Civil Veterinary Department Bihar reports 1936-40 - 1936-1940
Year: 1936
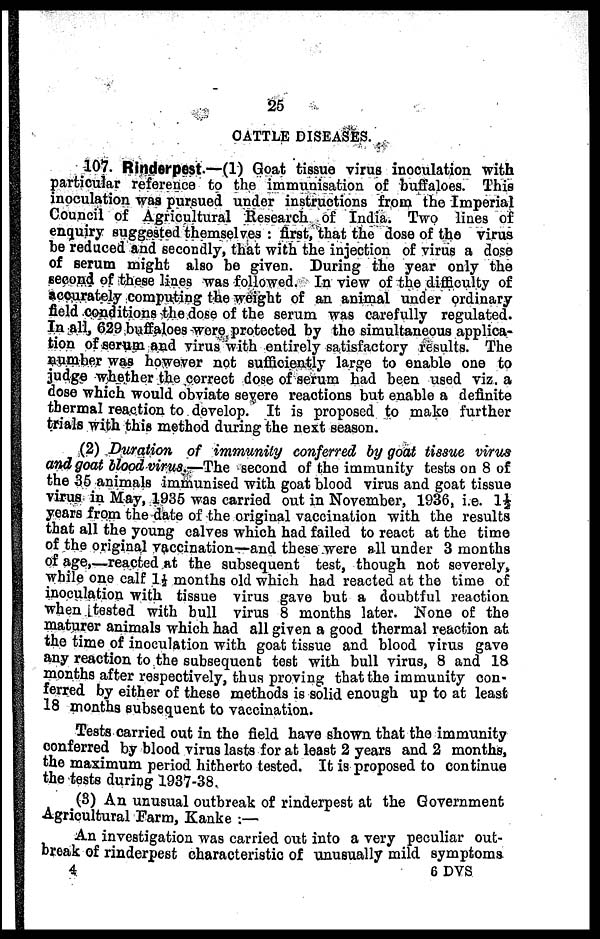
25
CATTLE DISEASES.
107. Rinderpest.—(1) Goat tissue virus inoculation with
particular reference to the immunisation of buffaloes. This
inoculation was pursued under instructions from the Imperial
Council of Agricultural Research of India. Two lines of
enquiry suggested themselves: first, that the dose of the virus
be reduced and secondly, that with the injection of virus a dose
of serum might also bo given. During the year only the
second of these lines was followed. In view of the difficulty of
accurately computing the weight of an animal under ordinary
field conditions the dose of the serum was carefully regulated.
In all, 629 buffaloes were protected by the simultaneous applica-
tion of serum and virus with entirely satisfactory results. The
number was however not sufficiently large to enable one to
judge whether the correct dose of serum bad been used viz. a
dose which would obviate severe reactions but enable a definite
thermal reaction to develop. It is proposed to make further
trials with this method during the next season.
(2) Duration of immunity conferred by goat tissue virus
and goat blood virus.—The second of the immunity tests on 8 of
the 35 animals immunised with goat blood virus and goat tissue
virus in May, 1935 was carried out in November, 1936, i.e. 14
years from the date of the original vaccination with the results
that all the young calves which had failed to react at the time
of the original vaccination—and these were all under 3 months
of age,—reacted at the subsequent test, though not severely,
while one calf 1½ months old which had reacted at thy time of
inoculation with tissue virus gave but a doubtful reaction
when tested with bull virus 8 months later. none of the
maturer animals which had all given a good thermal reaction at
the time of inoculation with goat tissue and blood vitus gave-
any reaction to the subsequent test with bull virus, 8 and 18
months after respectively, thus proving that the immunity con-
ferred by either of these methods is solid enough up to at least
18 months subsequent to vaccination.
Tests carried out in the field have shown that the immunity
conferred by blood virus lasts for at least 2 years and 2 months,
the maximum period hitherto tested. It is proposed to continue
the tests during 1137-38.
(3) An unusual outbreak of rinderpest at the Government
Agricultural Farm, Kanke :—
An investigation was carried out into a very peculiar out-
break of rinderpest characteristic of unusually mild symptoms
4
6
DVS